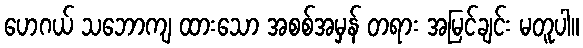
ဟေဂယ် သဘောကျ ထားသော အစစ်အမှန် တရား အမြင်ချင်း မတူပါ။